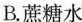
B.蔗糖水